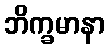
ဘိက္ခမာနာ